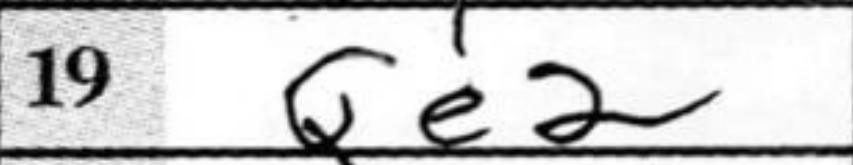
Transcription: Qe2